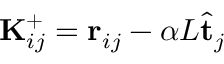
\mathbf { K } _ { i j } ^ { + } = \mathbf { r } _ { i j } - \alpha L \hat { \mathbf { t } } _ { j }